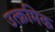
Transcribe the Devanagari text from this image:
उत्क्रमिक